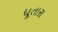
ધૂતારા